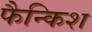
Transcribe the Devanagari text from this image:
फैन्किश